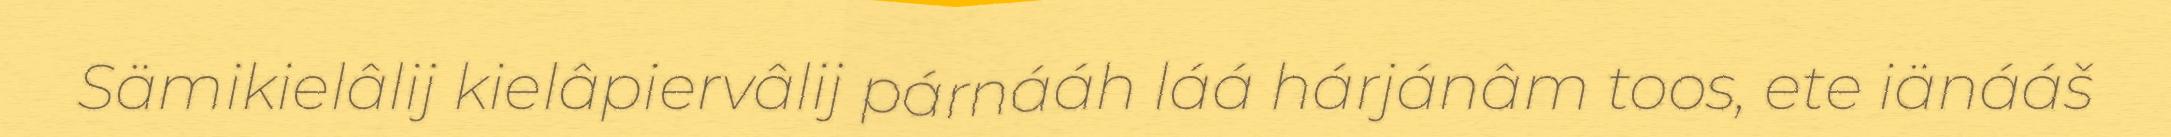
Sämikielâlij kielâpiervâlij párnááh láá hárjánâm toos, ete iänááš